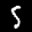
Label: 5